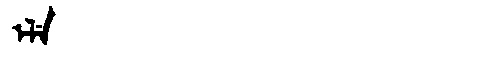
Manchu: ᡝᠯᡝ
Romanization: ELE